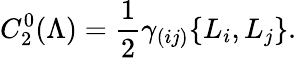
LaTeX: C_{2}^{0}(\Lambda)=\frac{1}{2}\gamma_{(ij)}\{ L_{i},L_{j}\} .